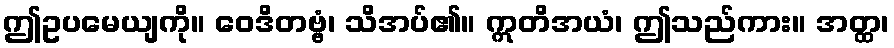
ဤဥပမေယျကို။ ဝေဒိတဗ္ဗံ၊ သိအပ်၏။ ဣတိအယံ၊ ဤသည်ကား။ အတ္ထ၊